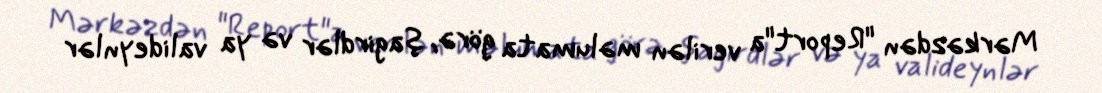
Mərkəzdən "Report"a verilən məlumata görə, şagirdlər və ya valideynlər